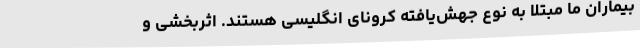
بیماران ما مبتلا به نوع جهش‌یافته کرونای انگلیسی هستند. اثربخشی و